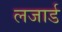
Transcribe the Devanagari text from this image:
लजार्ड